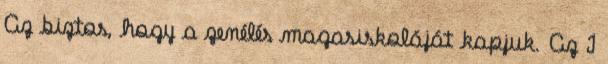
Az biztos, hogy a zenélés magasiskoláját kapjuk. Az I